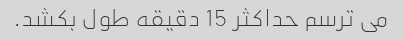
می ترسم حداکثر 15 دقیقه طول بکشد.